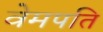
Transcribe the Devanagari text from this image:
वेमपति